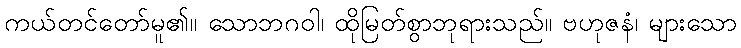
ကယ်တင်တော်မူ၏။ သောဘဂဝါ၊ ထိုမြတ်စွာဘုရားသည်။ ဗဟုဇနံ၊ များသော